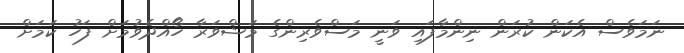
ނަމަވެސް އެކަން ކުރަން ނިންމާފައި ވަނީ މަސްވެރިންގެ މަޝްވަރާ ހޯއްދެވުމަށް ފަހު ކަމަށް